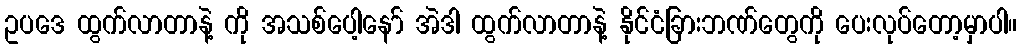
ဥပဒေ ထွက်လာတာနဲ့ ကို အသစ်ပေါ့နော် အဲဒါ ထွက်လာတာနဲ့ နိုင်ငံခြားဘဏ်တွေကို ပေးလုပ်တော့မှာပါ။